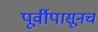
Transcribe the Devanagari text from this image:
पूर्वीपासूनचं